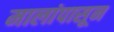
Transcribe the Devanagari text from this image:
मालांपासून